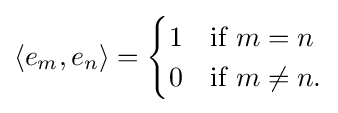
\langle e_{m},e_{n}\rangle ={\begin{cases}1&{\mbox{if}}~m=n\\0&{\mbox{if}}~m\neq n.\end{cases}}